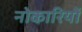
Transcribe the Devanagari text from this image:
नोकारियों